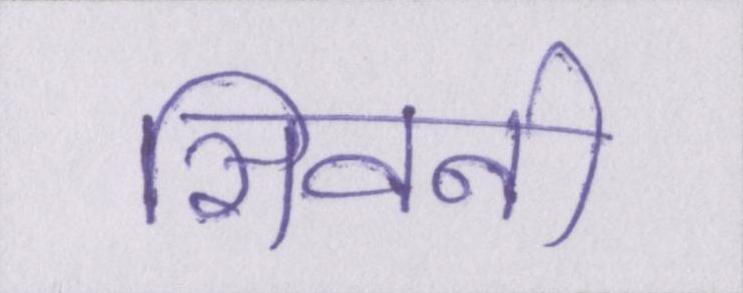
सिवनी